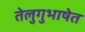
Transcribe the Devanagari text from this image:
तेलुगुभाषेत